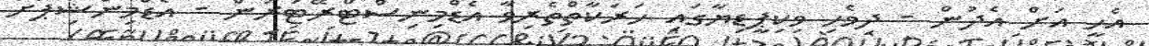
އެހީ އަށް އެދުން - ދިވެހި ވިކިޕީޑިޔާގައި ހަރަކާތްތެރިވާ އެޑްމިނިސްޓްރޭޓަރުން - އެޑްމިންޝިޕަށް